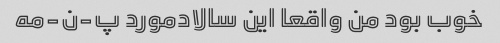
خوب بود من واقعا این سالاد‌مورد پ-ن-مه